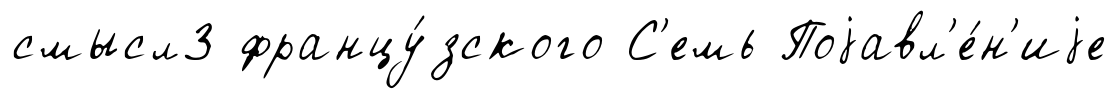
смысл3 францу́зского С'емь Поjавл'е́н'иjе